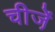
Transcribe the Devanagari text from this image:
चीजे़ं